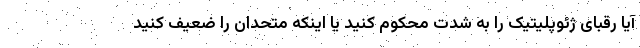
آیا رقبای ژئوپلیتیک را به شدت محکوم کنید یا اینکه متحدان را ضعیف کنید